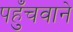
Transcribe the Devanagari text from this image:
पहुँचवाने